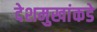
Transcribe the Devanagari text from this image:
देशमुखांकडे